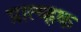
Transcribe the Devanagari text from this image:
प्रात्य्ह्रक